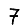
Digit: 7